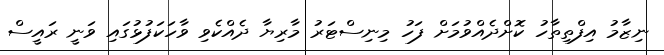
ނިޒާމު އިފްތިތާހު ކޮށްދެއްވުމަށް ފަހު މިނިސްޓަރު މާރިޔާ ދެއްކެވި ވާހަކަފުޅުގައި ވަނީ ރައީސް